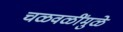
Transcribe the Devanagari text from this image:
चळवळींमुळे